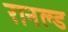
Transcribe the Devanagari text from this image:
रानल्ड